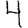
Digit: 4